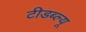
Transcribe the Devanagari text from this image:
टीडब्‍ल्‍यू